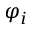
\varphi _ { i }